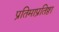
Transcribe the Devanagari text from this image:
प्रतिमाप्रतिष्ठा